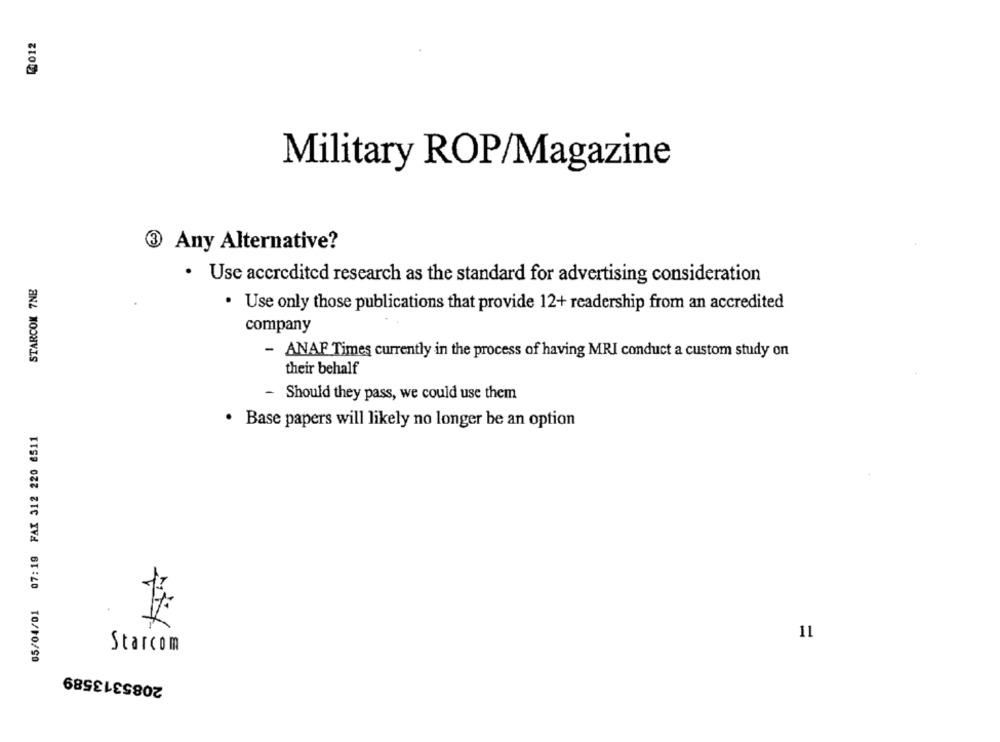
2012
Military ROP/Magazine
3
Any Alternative?
STARCOM 7NB
· Use accredited research as the standard for advertising consideration
· Use only those publications that provide 12+ readership from an accredited
company
- ANAP Times currently in the process of having MRI conduct a custom study on
their behalf
- Should they pass, we could use them
· Base papers will likely no longer be an option
05/04/01 07:19 FAX 312 220 6511
11
Starcom
2085313589